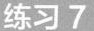
练习7